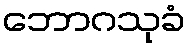
ဘောဂသုခံ